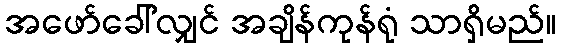
အဖော်ခေါ်လျှင် အချိန်ကုန်ရုံ သာရှိမည်။